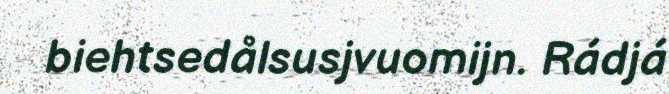
biehtsedålsusjvuomijn. Rádjá